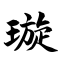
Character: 璇